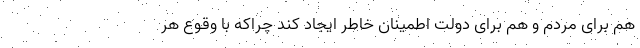
هم برای مردم و هم برای دولت اطمینان خاطر ایجاد کند چراکه با وقوع هر